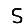
Digit: 5